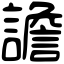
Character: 譫